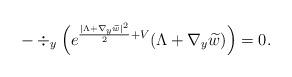
LaTeX: \begin{align*}-\div_y \Big(e^{\frac{ |\Lambda+\nabla_y\widetilde{w} |^2}{2}+V}(\Lambda+\nabla_y\widetilde{w} )\Big )=0.\end{align*}